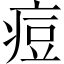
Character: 痘